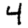
Digit: 4